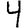
Digit: 4